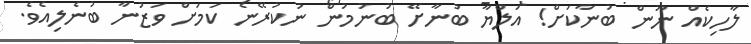
ލާހިކެއް ނޫން ބުނާކަށް! އަލްޔާ ބުނާށޭ ބުނުމުން ނުކުރޭނެ ކަމަށް ވަޒުނާ ބުނެލިއެވެ.